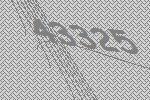
43325